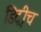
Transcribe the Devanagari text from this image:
डिट्रीच